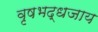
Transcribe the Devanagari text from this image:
वृषभद्धजाय